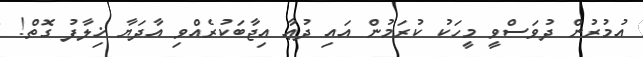
އުމުރުން ދުވަސްވީ މީހަކު ކުރަމުން އައި ދުޢާ އިޖާބަކުރެއްވި އާދަޔާ ޚިލާފު ގޮތް!